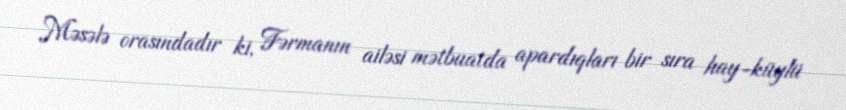
Məsələ orasındadır ki, Fərmanın ailəsi mətbuatda apardıqları bir sıra hay-küylü